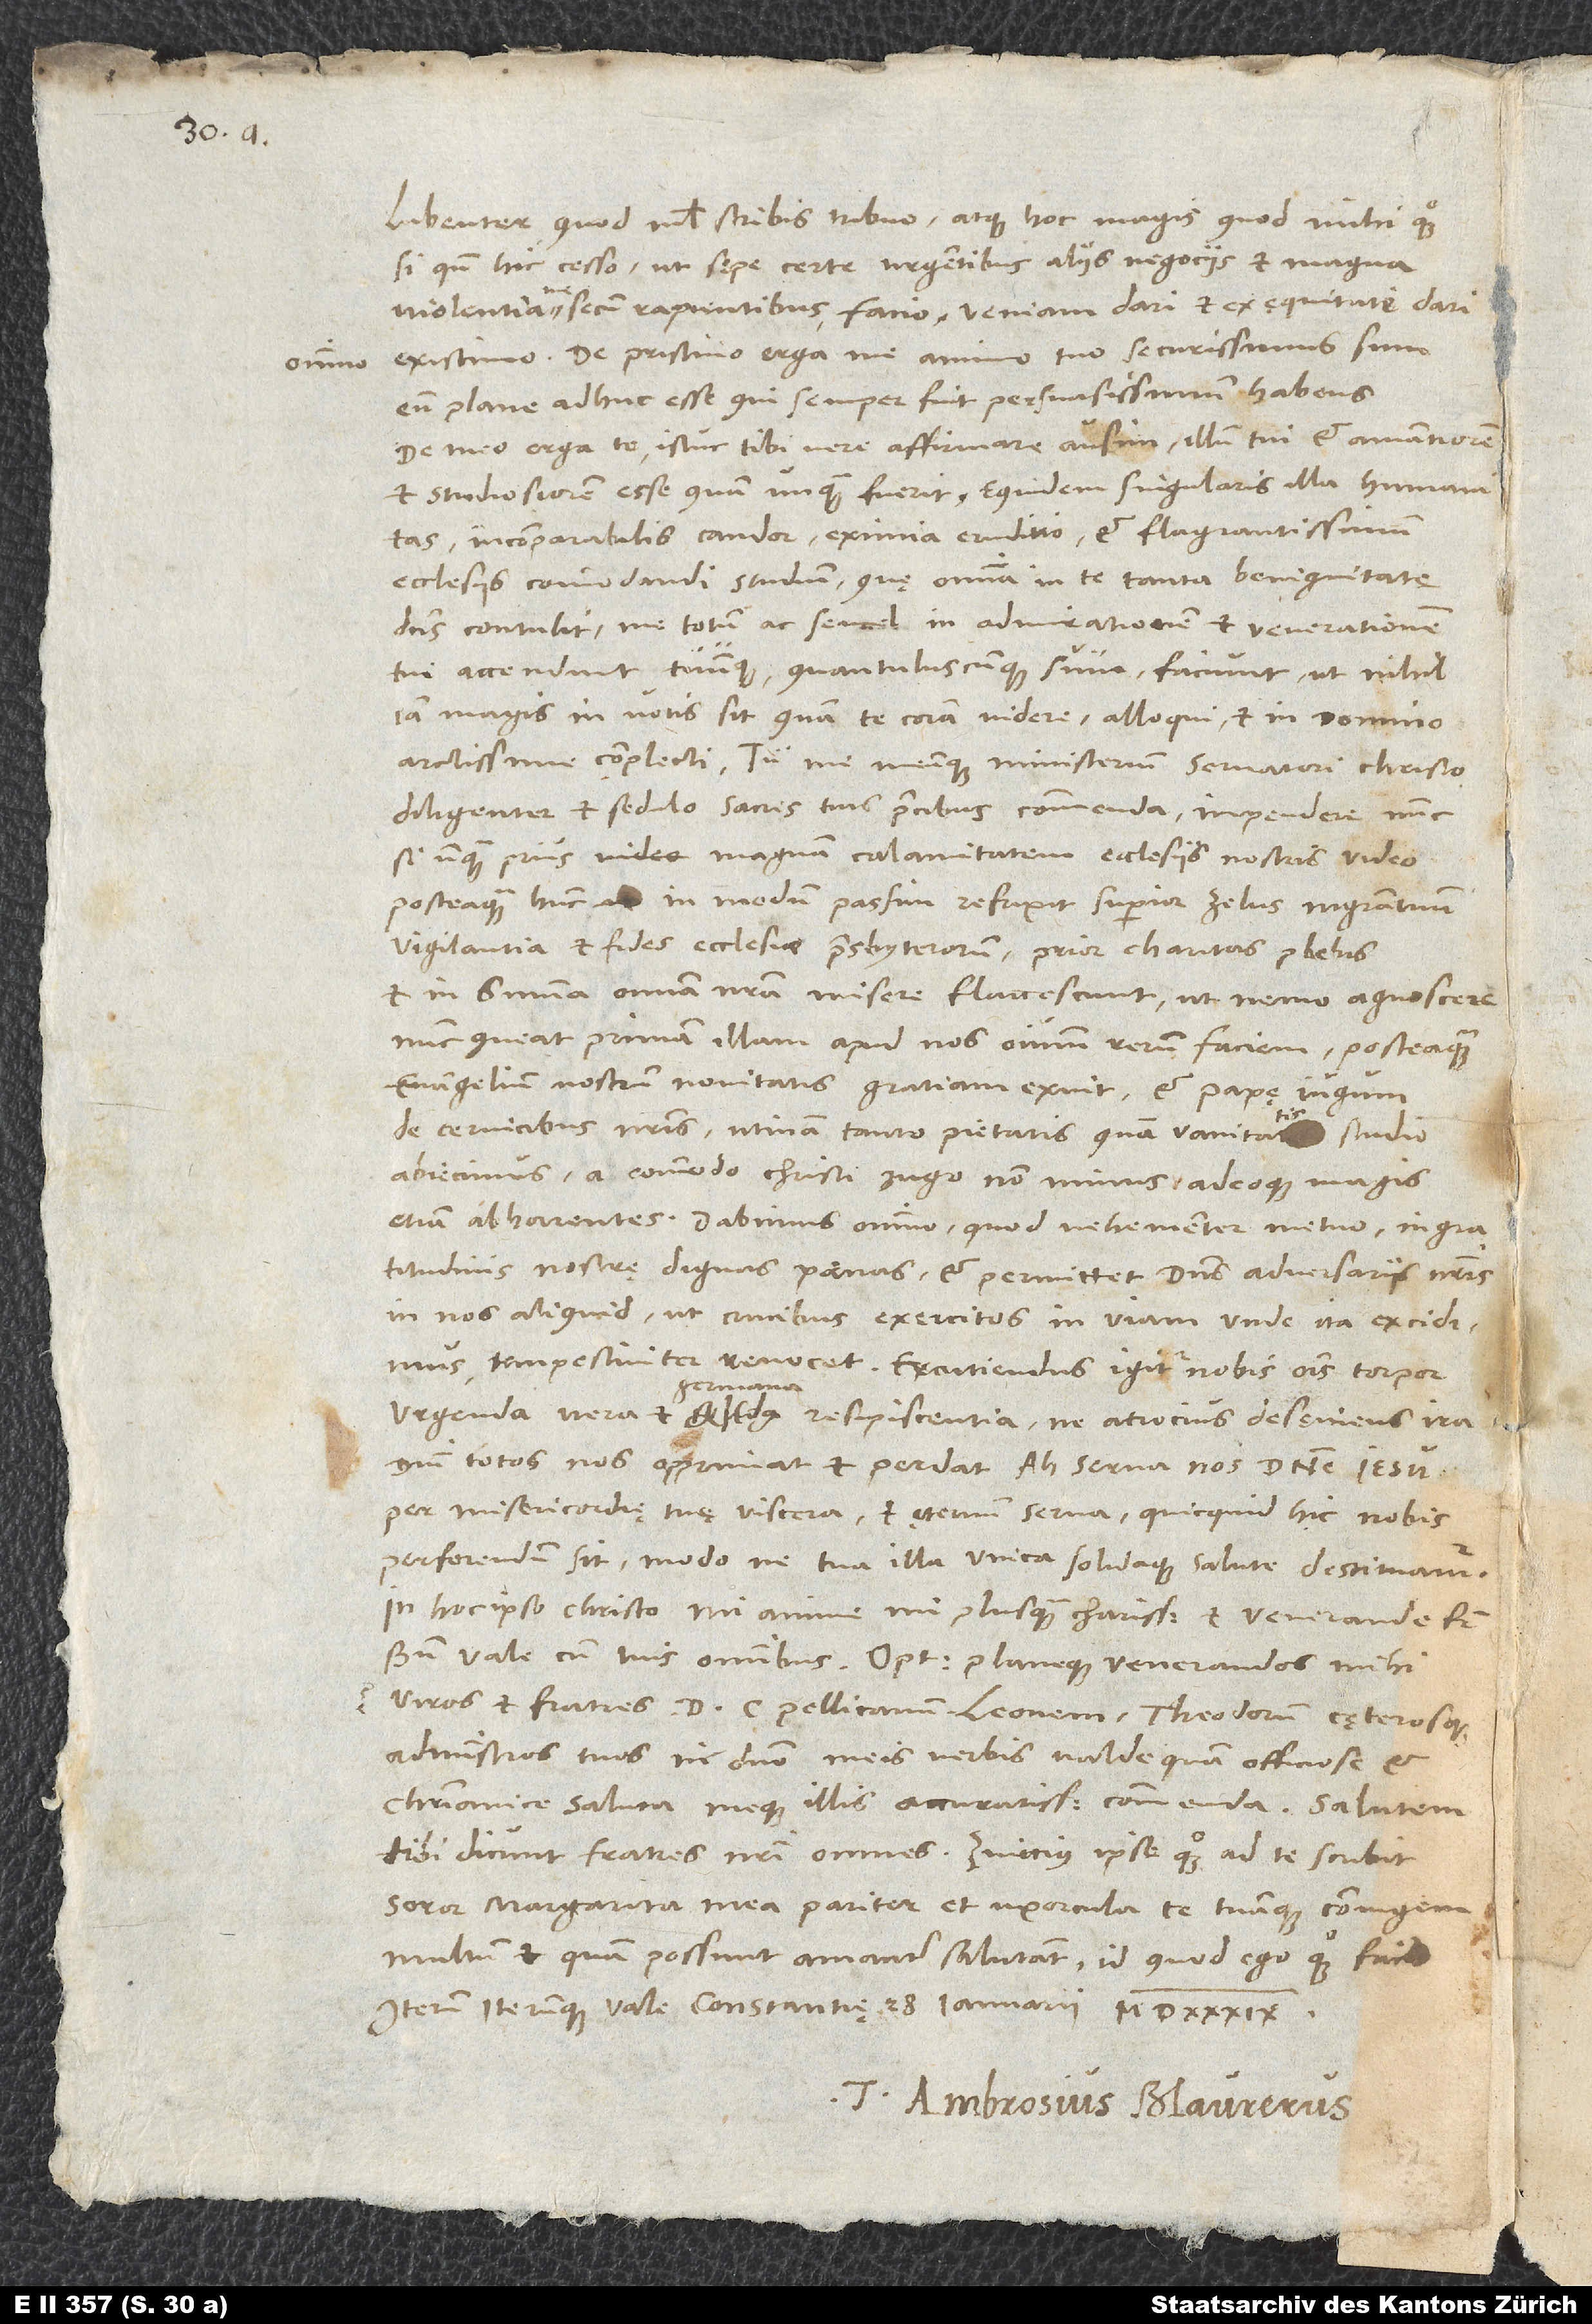
omnino

libenter, quod nihil scribis, tribuo, atque hoc magis, quod mihi quoque,
si quando hic cesso, ut sępe certe urgentibus aliis negociis et magna
violentia me secum rapientibus facio, veniam dari et ex ęquitate dari
existimo. De pristino erga me animo tuo securissimus sum
eum plane adhuc esse, qui semper fuit, persuasissimum habens.
De meo erga te istuc tibi vere affirmare ausim, illum tui et amantiorem
et studiosiorem esse, quam unquam fuerit. Equidem singularis illa humanitas,
incomparabilis candor, eximia eruditio et flagrantissimum
ecclesiis commodandi studium, quę omnia in te tanta benignitate
dominus contulit, me totum ac semel in admirationem et venerationem
tui accendunt tuumque, quantuluscunque sum, faciunt, ut nihil
iam magis in votis sit, quam te coram videre, alloqui et in domino
diligenter et sedulo sacris tuis precibus commenda. Impendere nunc,
si unquam prius, magnam calamitatem ecclesiis nostris video,
posteaquam hunc in modum passim refrixit superior zelus magistratuum,
vigilantia et fides ecclesiae presbyterorum, prior charitas plebis,
et in summa omnia nostra misere flaccescunt, ut nemo agnoscere
nunc queat primam illam apud nos omnium rerum faciem, posteaquam
evangelium nostrum novitatis gratiam exuit et papę iugum
de cervicibus nostris, utinam tanto pietatis quam vanitatis studio,
abiecimus, a commodo Christi iugo non minus adeoque magis
etiam abhorrentes. Dabimus omnino, quod vehementer metuo, ingratitudinis
nostrę dignas poenas, et permittet dominus adversariis nostris
in nos aliquid, ut crucibus exercitos in viam, unde ita excidimus,
tempestiviter revocet. Excutiendus igitur nobis omnis torpor,
urgenda vera et germana resipiscentia, ne atrocius desęviens ira
domini totos nos opprimat et perdat. Ah serva nos, domine Iesu,
per misericordię tuę viscera, et ęternum serva, quicquid hic nobis
perferendum sit, modo ne tua illa unica solidaque salute destituamur!
In hoc ipso Christo, mi anime, mi plus quam charissime et venerande frater,
administros tuos in domino meis verbis valde quam officiose et
christianice saluta meque illis accuratissime commenda. Salutem
tibi dicunt fratres nostri omnes. Zviccius ipse quoque ad te scribit.
Soror Margarita mea pariter et uxorcula te tuamque coniugem
multum et quam possunt amanter salutant, id quod ego quoque facio.
Tuus Ambrosius Blaurerus.